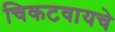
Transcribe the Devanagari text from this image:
चिकटवायचे